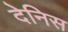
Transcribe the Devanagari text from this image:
देनिस